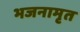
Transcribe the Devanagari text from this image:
भजनामृत